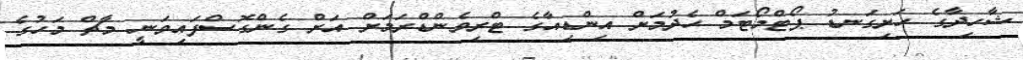
ޝާހިދާގެ ހަށިގަނޑު ޕޯޓްމޯޓަމް ހެދުމަށް އިންޑިއާގެ ޓްރިވެންޑްރަމަށް އަށް ގެންގޮސްފައިވަނީ މާޗް މަހުގެ